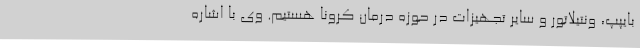
بایپپ، ونتیلاتور و سایر تجهیزات در حوزه درمان کرونا هستیم. وی با اشاره